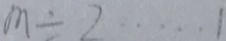
m \div 2 \cdots 1